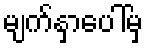
မျက်နှာပေါ်မှ